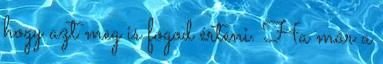
hogy azt meg is fogod érteni. Ha már a